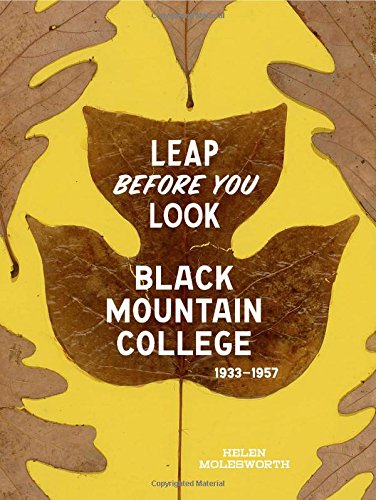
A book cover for Leap Before You Look: Black Mountain College 1933EE1957; Helen Molesworth; Arts & Photography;